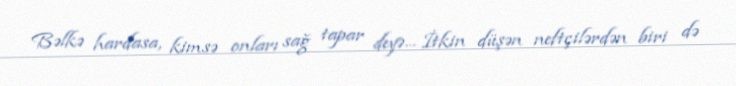
Bəlkə hardasa, kimsə onları sağ tapar deyə... İtkin düşən neftçilərdən biri də